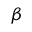
\beta